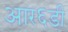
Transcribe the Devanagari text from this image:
आर६डी